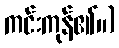
ကင်းကုန်၏။)